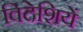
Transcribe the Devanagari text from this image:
विदेशियें